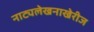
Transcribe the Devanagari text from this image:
नाट्यलेखनाखेरीज